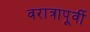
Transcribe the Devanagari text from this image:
वरात्रापूर्वी